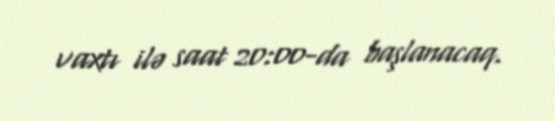
vaxtı ilə saat 20:00-da başlanacaq.